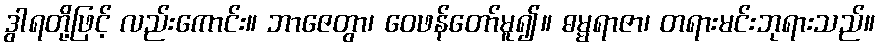
ဒွါရတို့ဖြင့် လည်းကောင်း။ ဘာဇေတွာ၊ ဝေဖန်တော်မူ၍။ ဓမ္မရာဇာ၊ တရားမင်းဘုရားသည်။